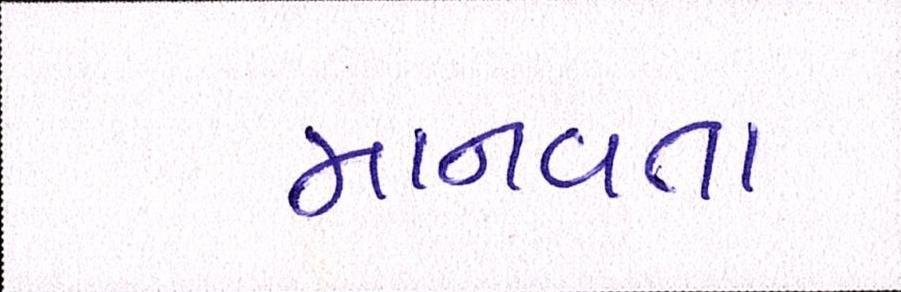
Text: માનવતા